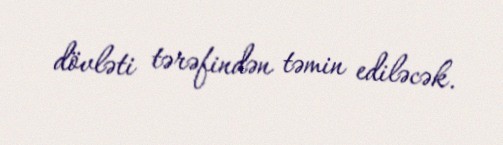
dövləti tərəfindən təmin ediləcək.